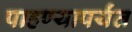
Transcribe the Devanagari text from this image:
पाहण्यापर्यंत